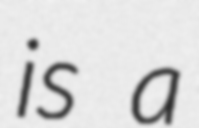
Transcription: is a